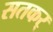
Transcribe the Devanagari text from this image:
सतकर्